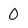
Character: O